Civil Veterinary Department Bengal reports 1933-51 - 1933-1951
Year: 1933
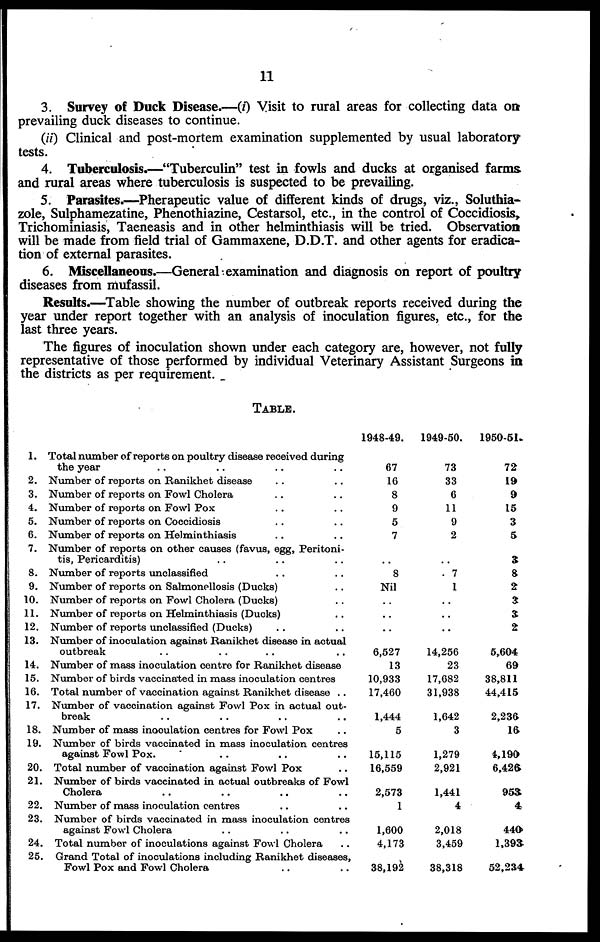
11
3. Survey of Duck Disease.—(i) Visit to rural areas for collecting data on
prevailing duck diseases to continue.
(ii) Clinical and post-mortem examination supplemented by usual laboratory
tests.
4. Tuberculosis.—"Tuberculin" test in fowls and ducks at organised farms
and rural areas where tuberculosis is suspected to be prevailing.
5. Parasites.—Pherapeutic value of different kinds of drugs, viz., Soluthia-
zole, Sulphamezatine, Phenothiazine, Cestarsol, etc., in the control of Coccidiosis,
Trichominiasis, Taeneasis and in other helminthiasis will be tried. Observation
will be made from field trial of Gammaxene, D.D.T. and other agents for eradica-
tion of external parasites.
6. Miscellaneous.—General examination and diagnosis on report of poultry
diseases from mufassil.
Results.—Table showing the number of outbreak reports received during the
year under report together with an analysis of inoculation figures, etc., for the
last three years.
The figures of inoculation shown under each category are, however, not fully
representative of those performed by individual Veterinary Assistant Surgeons in
the districts as per requirement.
TABLE.
1.
2.
3.
4.
5.
6.
7.
8.
9.
10.
11.
12.
13.
14.
15.
16.
17.
18.
19.
20.
21.
22.
23.
24.
25.
Total number of reports on poultry disease received during
the year .. .. .. ..
Number of reports on Ranikhet disease .. ..
Number of reports on Fowl Cholera .. ..
Number of reports on Fowl Pox .. ..
Number of reports on Coccidiosis .. ..
Number of reports on Helminthiasis .. ..
Number of reports on other causes (favus, egg, Peritoni-
tis, Pericarditis) .. .. ..
Number of reports unclassified .. ..
Number of reports on Salmonellosis (Ducks) ..
Number of reports on Fowl Cholera (Ducks) ..
Number of reports on Helminthiasis (Ducks) ..
Number of reports unclassified (Ducks) .. ..
Number of inoculation against Ranikhet disease in actual
outbreak .. .. .. ..
Number of mass inoculation centre for Ranikhet disease
Number of birds vaccinated in mass inoculation centres
Total number of vaccination against Ranikhet disease ..
Number of vaccination against Fowl Pox in actual out-
break .. .. .. ..
Number of mass inoculation centres for Fowl Pox ..
Number of birds vaccinated in mass inoculation centres
against Fowl Pox. .. .. ..
Total number of vaccination against Fowl Pox ..
Number of birds vaccinated in actual outbreaks of Fowl
Cholera .. .. .. ..
Number of mass inoculation centres .. ..
Number of birds vaccinated in mass inoculation centres
against Fowl Cholera .. .. ..
Total number of inoculations against Fowl Cholera ..
Grand Total of inoculations including Ranikhet diseases,
Fowl Pox and Fowl Cholera .. ..
1948-49.
67
16
8
9
5
7
..
8
Nil
..
..
..
6,527
13
10,933
17,460
1,444
5
15,115
16,559
2,573
1
1,600
4,173
38,192
1949-50.
73
33
6
11
9
2
..
7
1
..
..
..
14,256
23
17,682
31,938
1,642
3
1,279
2,921
1,441
4
2,018
3,459
38,318
1950-51.
72
19
9
15
3
5
3
8
2
3
3
2
5,604
69
38,811
44,415
2,236
16
4,190
6,42ft
953
4
440
1,393
52,234